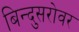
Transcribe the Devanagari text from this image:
बिन्दुसरोवर